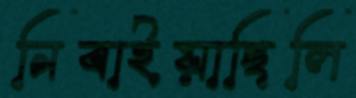
নিবাইয়াছিলি